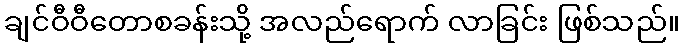
ချင်ဝီဝီတောစခန်းသို့ အလည်ရောက် လာခြင်း ဖြစ်သည်။